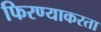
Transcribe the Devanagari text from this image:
फिरण्याकरता